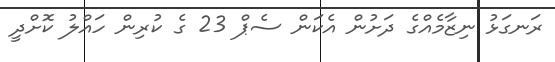
ރަނގަޅު ނިޒާމެއްގެ ދަށުން އެކަން ސެޕް 23 ގެ ކުރިން ހައްލު ކޮށްދީ